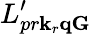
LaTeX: L_{pr\mathbf k_{r}\mathbf q\mathbf G}^{\prime}